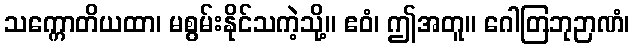
သက္ကောတိယထာ၊ မစွမ်းနိုင်သကဲ့သို့။ ဧဝံ၊ ဤအတူ။ ဂေါတြဘုဉာဏံ၊